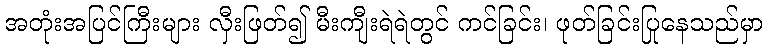
အတုံးအပြင်ကြီးများ လှီးဖြတ်၍ မီးကျီးရဲရဲတွင် ကင်ခြင်း၊ ဖုတ်ခြင်းပြုနေသည်မှာ